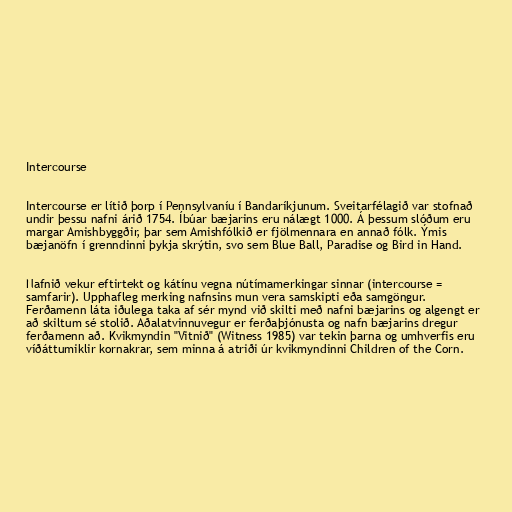
Intercourse

Intercourse er lítið þorp í Pennsylvaníu í Bandaríkjunum. Sveitarfélagið var stofnað
undir þessu nafni árið 1754. Íbúar bæjarins eru nálægt 1000. Á þessum slóðum eru
margar Amishbyggðir, þar sem Amishfólkið er fjölmennara en annað fólk. Ýmis
bæjanöfn í grenndinni þykja skrýtin, svo sem Blue Ball, Paradise og Bird in Hand.

Nafnið vekur eftirtekt og kátínu vegna nútímamerkingar sinnar (intercourse =
samfarir). Upphafleg merking nafnsins mun vera samskipti eða samgöngur.
Ferðamenn láta iðulega taka af sér mynd við skilti með nafni bæjarins og algengt er
að skiltum sé stolið. Aðalatvinnuvegur er ferðaþjónusta og nafn bæjarins dregur
ferðamenn að. Kvikmyndin "Vitnið" (Witness 1985) var tekin þarna og umhverfis eru
víðáttumiklir kornakrar, sem minna á atriði úr kvikmyndinni Children of the Corn.